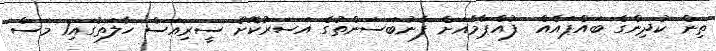
ތިން ކުދިންގެ ބައްޕައެއް  ފުއްޕާމެއަށް ފާނުބަސަންތުގެ އަސަރުކޮށް ސީރިއަސް ހާލަތުގައި1 މަސް